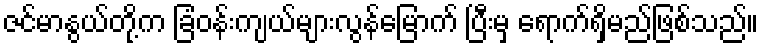
ဇင်မာနွယ်တို့က ခြံဝန်းကျယ်များလွန်မြောက် ပြီးမှ ရောက်ရှိမည်ဖြစ်သည်။